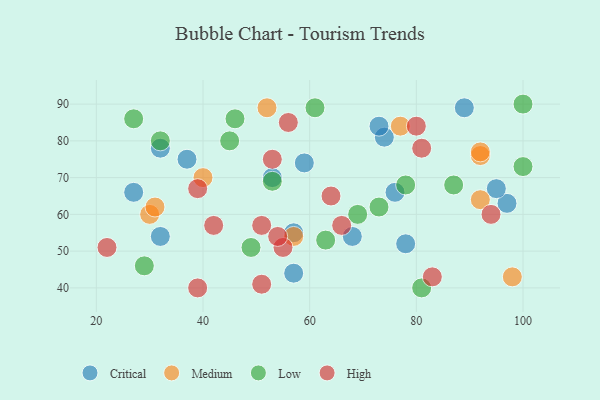
{"axis": {"x": "GDP", "y": "Life Expectancy"}, "legend": ["Critical", "High", "Low", "Medium"], "data": [{"x": "78", "y": 52, "type": "Critical"}, {"x": "57", "y": 44, "type": "Critical"}, {"x": "27", "y": 66, "type": "Critical"}, {"x": "53", "y": 70, "type": "Critical"}, {"x": "32", "y": 78, "type": "Critical"}, {"x": "68", "y": 54, "type": "Critical"}, {"x": "32", "y": 54, "type": "Critical"}, {"x": "89", "y": 89, "type": "Critical"}, {"x": "97", "y": 63, "type": "Critical"}, {"x": "74", "y": 81, "type": "Critical"}, {"x": "37", "y": 75, "type": "Critical"}, {"x": "73", "y": 84, "type": "Critical"}, {"x": "76", "y": 66, "type": "Critical"}, {"x": "95", "y": 67, "type": "Critical"}, {"x": "59", "y": 74, "type": "Critical"}, {"x": "57", "y": 55, "type": "Critical"}, {"x": "30", "y": 60, "type": "Medium"}, {"x": "52", "y": 89, "type": "Medium"}, {"x": "57", "y": 54, "type": "Medium"}, {"x": "77", "y": 84, "type": "Medium"}, {"x": "92", "y": 76, "type": "Medium"}, {"x": "31", "y": 62, "type": "Medium"}, {"x": "98", "y": 43, "type": "Medium"}, {"x": "92", "y": 64, "type": "Medium"}, {"x": "40", "y": 70, "type": "Medium"}, {"x": "92", "y": 77, "type": "Medium"}, {"x": "49", "y": 51, "type": "Low"}, {"x": "87", "y": 68, "type": "Low"}, {"x": "100", "y": 90, "type": "Low"}, {"x": "81", "y": 40, "type": "Low"}, {"x": "69", "y": 60, "type": "Low"}, {"x": "73", "y": 62, "type": "Low"}, {"x": "27", "y": 86, "type": "Low"}, {"x": "100", "y": 73, "type": "Low"}, {"x": "53", "y": 69, "type": "Low"}, {"x": "45", "y": 80, "type": "Low"}, {"x": "29", "y": 46, "type": "Low"}, {"x": "32", "y": 80, "type": "Low"}, {"x": "46", "y": 86, "type": "Low"}, {"x": "63", "y": 53, "type": "Low"}, {"x": "78", "y": 68, "type": "Low"}, {"x": "61", "y": 89, "type": "Low"}, {"x": "66", "y": 57, "type": "High"}, {"x": "64", "y": 65, "type": "High"}, {"x": "53", "y": 75, "type": "High"}, {"x": "42", "y": 57, "type": "High"}, {"x": "55", "y": 51, "type": "High"}, {"x": "51", "y": 57, "type": "High"}, {"x": "83", "y": 43, "type": "High"}, {"x": "51", "y": 41, "type": "High"}, {"x": "80", "y": 84, "type": "High"}, {"x": "81", "y": 78, "type": "High"}, {"x": "54", "y": 54, "type": "High"}, {"x": "39", "y": 67, "type": "High"}, {"x": "39", "y": 40, "type": "High"}, {"x": "94", "y": 60, "type": "High"}, {"x": "56", "y": 85, "type": "High"}, {"x": "22", "y": 51, "type": "High"}]}